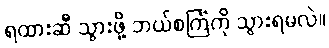
ရထားဆီ သွားဖို့ ဘယ်စင်္ကြံကို သွားရမလဲ။